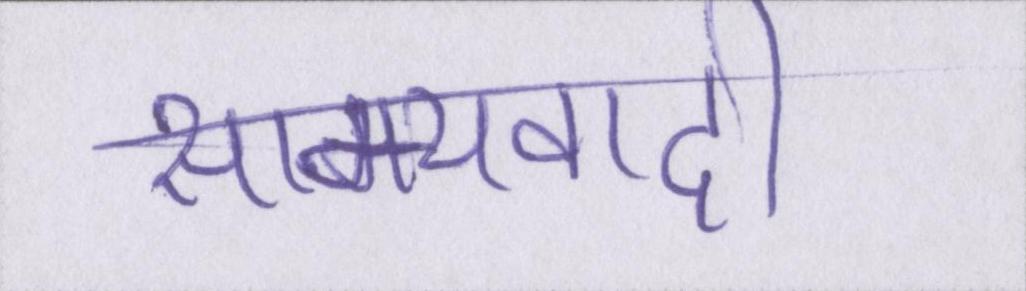
साम्यवादी